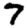
Digit: 7